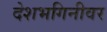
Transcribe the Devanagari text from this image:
देशभगिनीवर